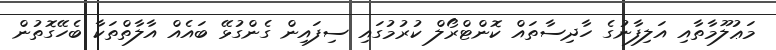
މަޢުލޫމާތާއި އަލިފާނުގެ ހާދިސާތައް ކޮންޓްރޯލް ކުރުމުގައި ސިފައިން ގެންގުޅޭ ބައެއް އާލާތްތަކާ ބެހޭގޮތުން